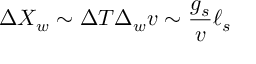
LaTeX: \Delta X _ { w } \sim \Delta T \Delta _ { w } v \sim { \frac { g _ { s } } { v } } \ell _ { s }